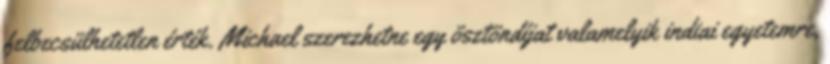
felbecsülhetetlen érték. Michael szerezhetne egy ösztöndíjat valamelyik indiai egyetemre,